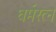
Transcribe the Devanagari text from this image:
धर्मरत्न